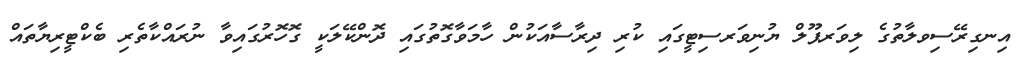
އިނގިރޭސިވލާތުގެ ލިވަރޕޫލް ޔުނިވަރސިޓީގައި ކުރި ދިރާސާއަކުން ހާމަވާގޮތުގައި ދޮންކޭލަކީ ގޮހޮރުގައިވާ ނުރައްކާތެރި ބެކްޓީރިޔާތައް